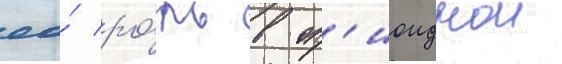
ео́ ро́ль в оп'иоиднои